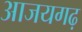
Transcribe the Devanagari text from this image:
आजयगढ़